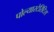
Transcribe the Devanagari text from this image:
पोल्यारटेरिटिस